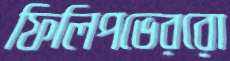
ফিলিপভেররো